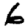
Digit: 6